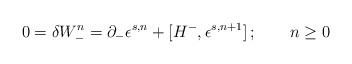
LaTeX: \begin{align*}0=\delta W_-^n =\partial_- \epsilon^{s,n} +[H^- ,\epsilon^{s,n+1} ]\,;\qquad n\geq 0\end{align*}